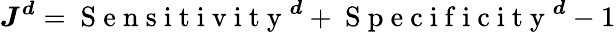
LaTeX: \boldsymbol J^{\boldsymbol d}=\mathrm{~S~e~n~s~i~t~i~v~i~t~y~}^{\boldsymbol d}+\mathrm{~S~p~e~c~i~f~i~c~i~t~y~}^{\boldsymbol d}-1